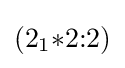
(2_{1}{*}2{:}2)